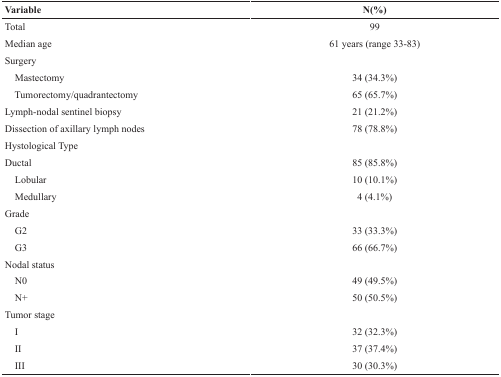
<table><thead><tr><td><b>Variable</b></td><td><b>N(%)</b></td></tr></thead><tbody><tr><td>Total</td><td>99</td></tr><tr><td>Median age</td><td>61 years (range 33-83)</td></tr><tr><td>Surgery</td><td></td></tr><tr><td> Mastectomy</td><td>34 (34.3%)</td></tr><tr><td> Tumorectomy/quadrantectomy</td><td>65 (65.7%)</td></tr><tr><td>Lymph-nodal sentinel biopsy</td><td>21 (21.2%)</td></tr><tr><td>Dissection of axillary lymph nodes</td><td>78 (78.8%)</td></tr><tr><td>Hystological Type</td><td></td></tr><tr><td>Ductal</td><td>85 (85.8%)</td></tr><tr><td> Lobular</td><td>10 (10.1%)</td></tr><tr><td> Medullary</td><td>4 (4.1%)</td></tr><tr><td>Grade</td><td></td></tr><tr><td> G2</td><td>33 (33.3%)</td></tr><tr><td> G3</td><td>66 (66.7%)</td></tr><tr><td>Nodal status</td><td></td></tr><tr><td> N0</td><td>49 (49.5%)</td></tr><tr><td> N+</td><td>50 (50.5%)</td></tr><tr><td>Tumor stage</td><td></td></tr><tr><td> I</td><td>32 (32.3%)</td></tr><tr><td> II</td><td>37 (37.4%)</td></tr><tr><td> III</td><td>30 (30.3%)</td></tr></tbody></table>